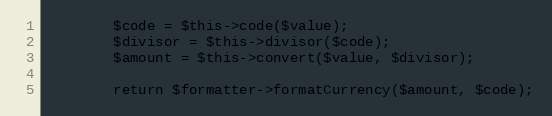
Language: PHP
        $code = $this->code($value);
        $divisor = $this->divisor($code);
        $amount = $this->convert($value, $divisor);

        return $formatter->formatCurrency($amount, $code);